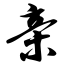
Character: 亲